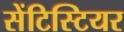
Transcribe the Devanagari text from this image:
सेंटिस्टियर